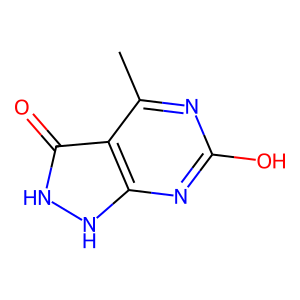
SMILES: Cc1nc(O)nc2[nH][nH]c(=O)c12
Inhibits HIV replication: No